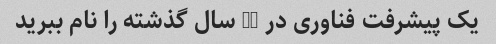
یک پیشرفت فناوری در 10 سال گذشته را نام ببرید